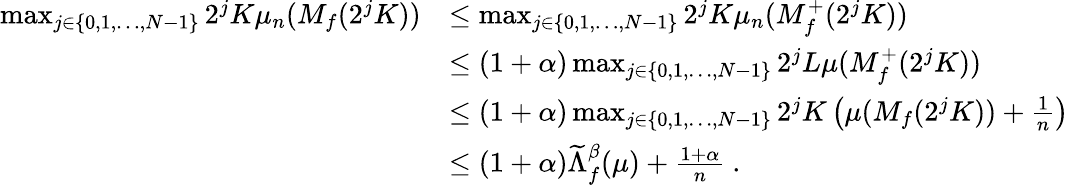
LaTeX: \begin{array}{rl}{\operatorname*{max}_{j\in\{ 0,1,\dots,N-1\} }2^{j}K\mu_{n}(M_{f}(2^{j}K))}&{\leq\operatorname*{max}_{j\in\{ 0,1,\dots,N-1\} }2^{j}K\mu_{n}(M_{f}^{+}(2^{j}K))}\\ &{\leq(1+\alpha)\operatorname*{max}_{j\in\{ 0,1,\dots,N-1\} }2^{j}L\mu(M_{f}^{+}(2^{j}K))}\\ &{\leq(1+\alpha)\operatorname*{max}_{j\in\{ 0,1,\dots,N-1\} }2^{j}K\left(\mu(M_{f}(2^{j}K))+\frac{1}{n}\right)}\\ &{\leq(1+\alpha)\widetilde{\Lambda}_{f}^{\beta}(\mu)+\frac{1+\alpha}{n}~.}\end{array}